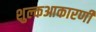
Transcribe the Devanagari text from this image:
शुल्कआकारणी